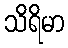
သိရိမာ